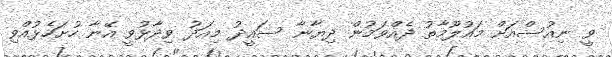
ވީ ނިއުސްއަށް މައުލޫމާތު ދެއްވަމުން ދިޔާނާ ސައީދު މިއަދު ވިދާޅުވީ އޭނާ ހުށަހެޅުއްވި